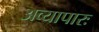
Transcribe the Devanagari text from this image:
अव्यापारः